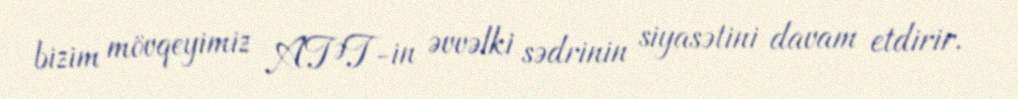
bizim mövqeyimiz ATƏT-in əvvəlki sədrinin siyasətini davam etdirir.